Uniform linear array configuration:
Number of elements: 48
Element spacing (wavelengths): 1
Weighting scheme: blackman
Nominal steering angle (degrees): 60
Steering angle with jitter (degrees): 59.765
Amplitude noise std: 0.05
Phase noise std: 0.05

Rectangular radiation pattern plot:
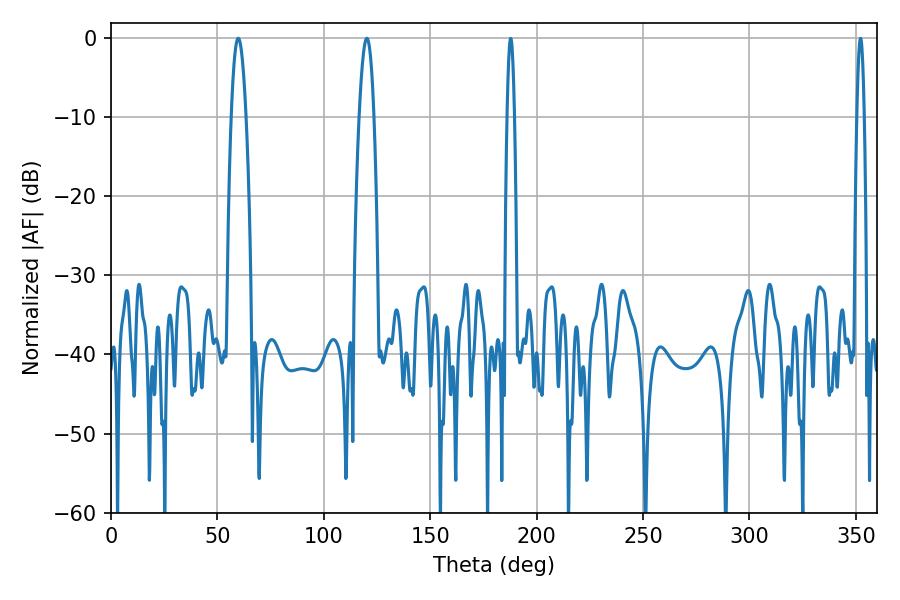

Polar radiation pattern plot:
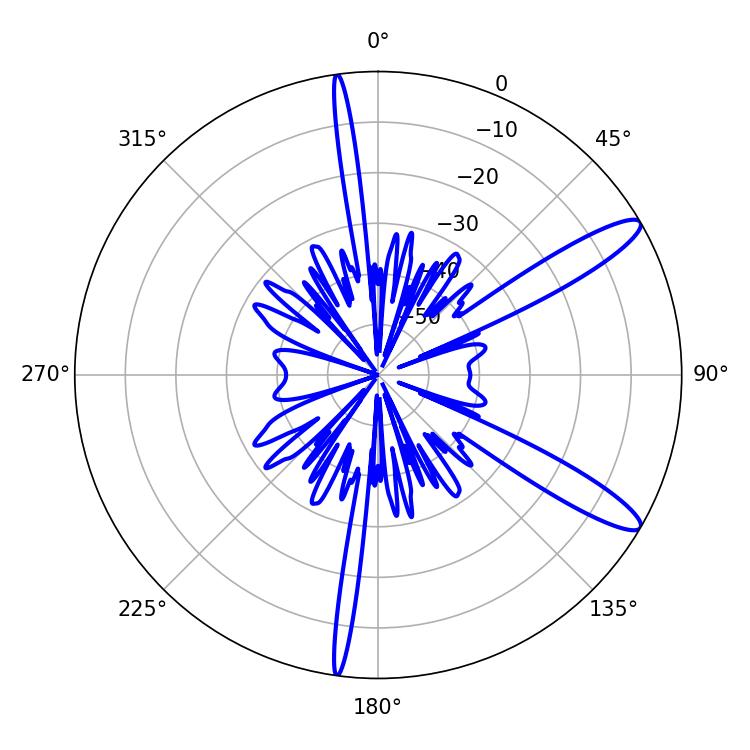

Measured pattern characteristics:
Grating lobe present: TRUE
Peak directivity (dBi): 12.396
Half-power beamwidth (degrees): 3.78
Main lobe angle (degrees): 59.76